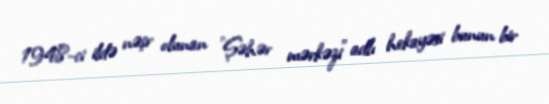
1948-ci ildə nəşr olunan "Şəhər mərkəzi" adlı hekayəsi bunun bir